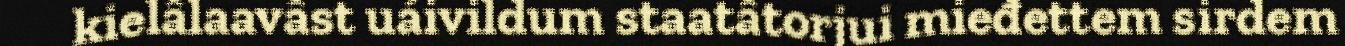
kielâlaavâst uáivildum staatâtorjui mieđettem sirdem